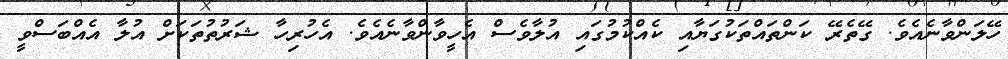
ހޭލަންވާނެއެވެ. ގޭތެރޭ ކަންތައްތަކުގަޔާއި ކެއްކުމުގައި އުލާވެސް އެހީވާންވާނެއެވެ. އެހުރިހާ ޝަރުތުތަކަށް އުލާ އެއްބަސްވީ